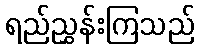
ရည်ညွှန်းကြသည်